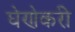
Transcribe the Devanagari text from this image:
घेणेकरी